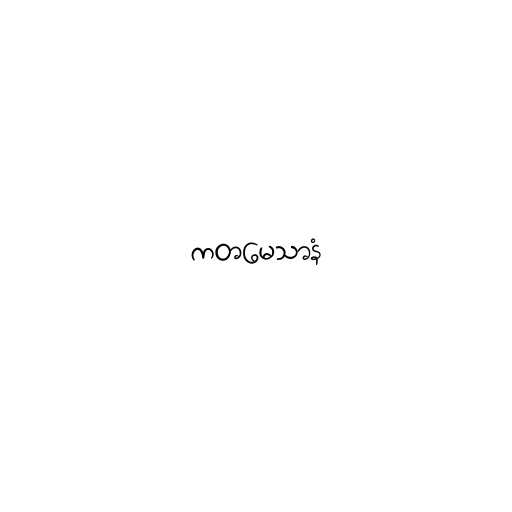
ကတမေသာနံ